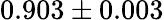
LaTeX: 0.903\pm 0.003